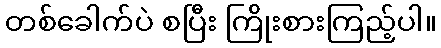
တစ်ခေါက်ပဲ စပြီး ကြိုးစားကြည့်ပါ။